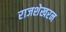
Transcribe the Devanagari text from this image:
राजशेखरन